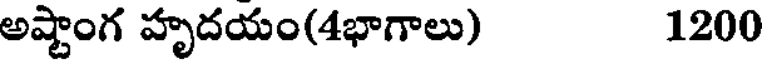
అష్టాంగ హృదయం(4భాగాలు) 1200